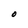
Character: O